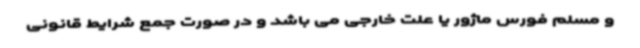
و مسلم فورس ماژور یا علت خارجی می باشد و در صورت جمع شرایط قانونی